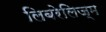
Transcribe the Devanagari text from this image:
लिबरेलिज्म